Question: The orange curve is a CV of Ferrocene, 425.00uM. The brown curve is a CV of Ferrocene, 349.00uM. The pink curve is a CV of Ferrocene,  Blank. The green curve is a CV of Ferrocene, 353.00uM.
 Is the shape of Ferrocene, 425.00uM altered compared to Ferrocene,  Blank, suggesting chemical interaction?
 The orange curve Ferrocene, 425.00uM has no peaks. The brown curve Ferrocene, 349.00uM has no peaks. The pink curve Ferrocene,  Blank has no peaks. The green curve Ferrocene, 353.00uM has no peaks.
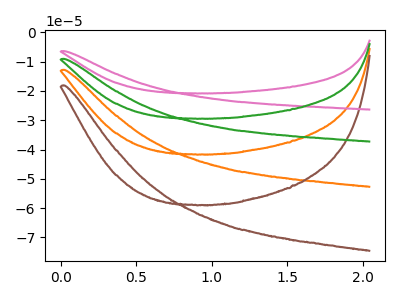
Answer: <think>Neither "Ferrocene, 425.00uM" or "Ferrocene,  Blank" have any peaks.
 </think>
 <answer>No, "Ferrocene, 425.00uM" and "Ferrocene,  Blank" don't appear to be significantly different in shape</answer>
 <eval>no_change</eval>